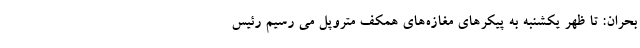
بحران: تا ظهر یکشنبه به پیکرهای مغازه‌های همکف متروپل می رسیم رئیس